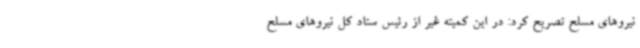
نیروهای مسلح تصریح کرد: در این کمیته غیر از رئیس ستاد کل نیروهای مسلح